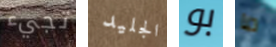
تجيء الجليد بو ما